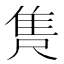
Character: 𮥺